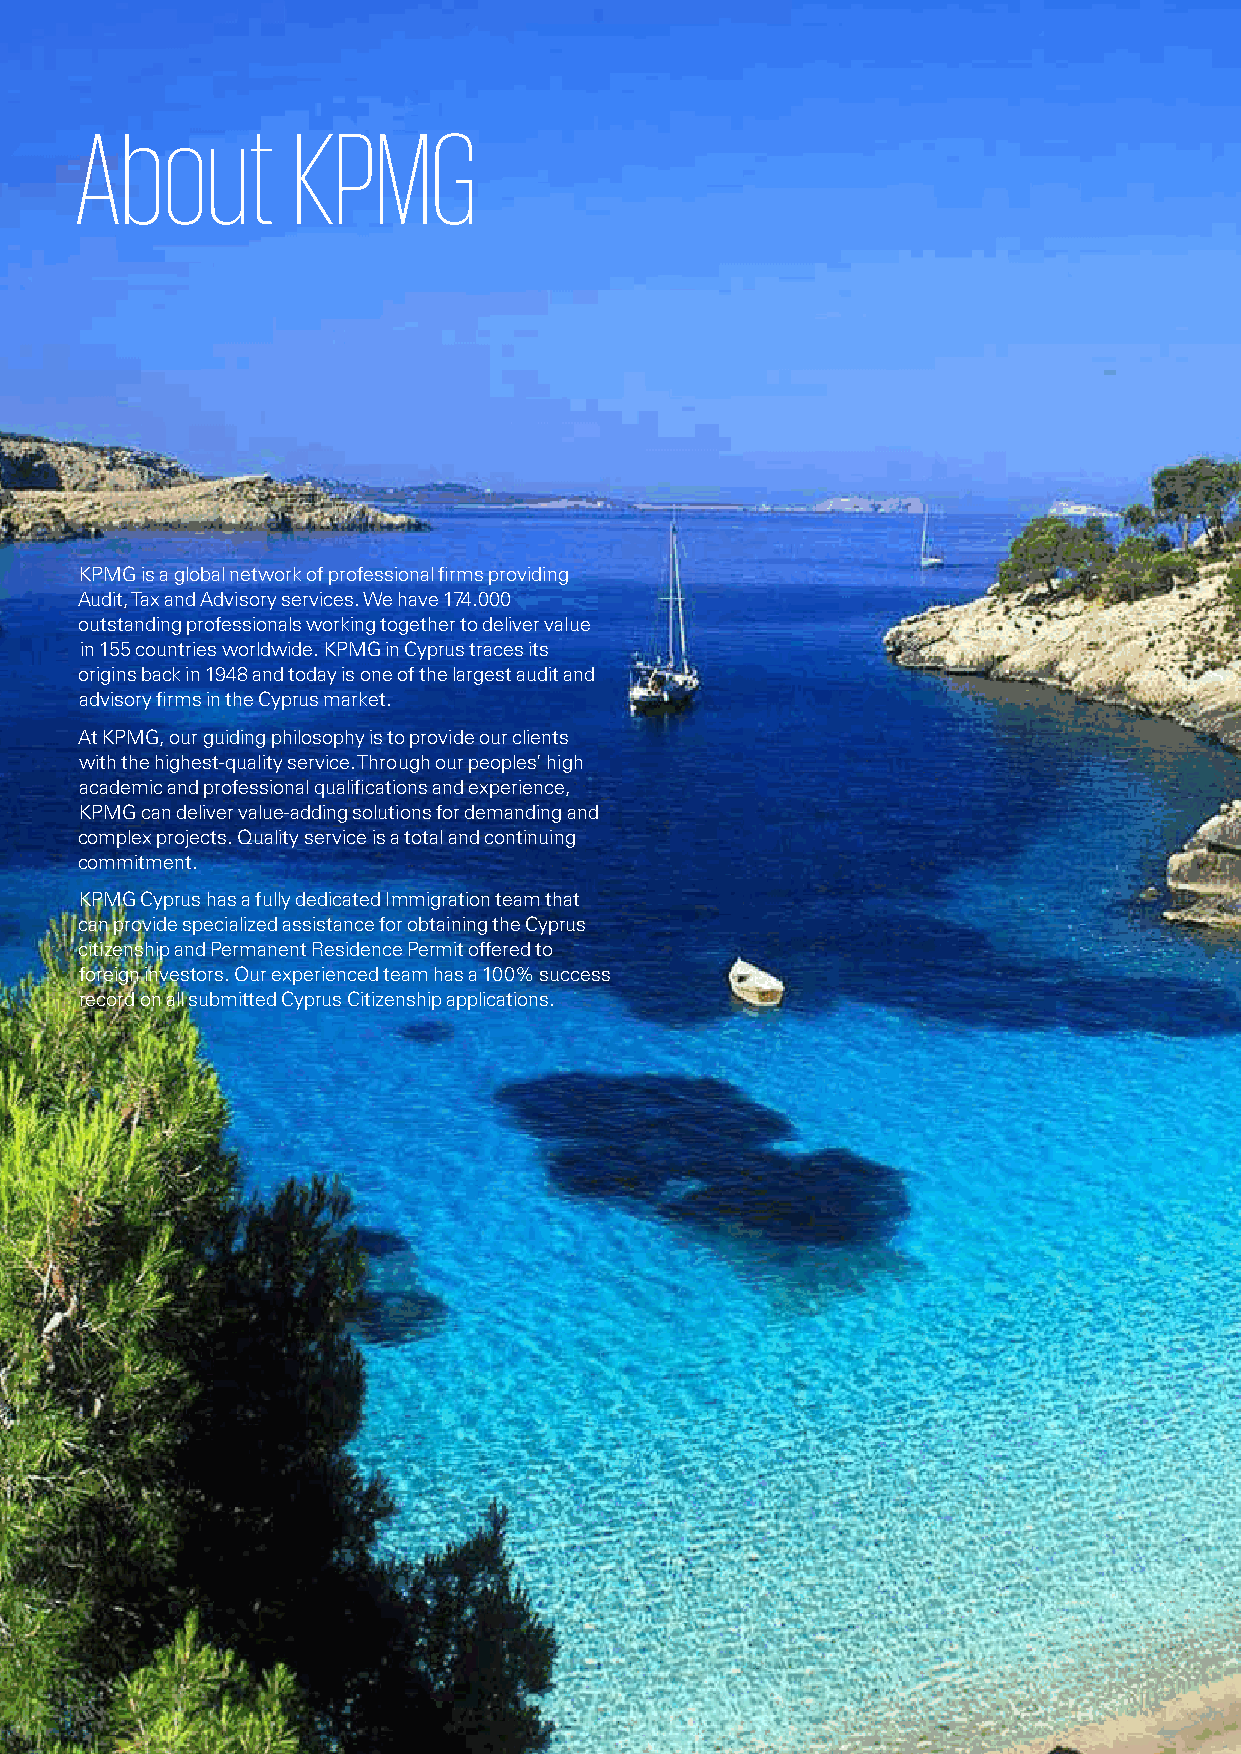
About         KPMG
 KKPPMMGG iiss aa gglloobbaall nneettwwoorrkk ooff pprrooffeessssiioonnaall fifirrmmss pprroovviiddiinngg
 AAuuddiitt,, TTaaxx aanndd AAddvviissoorryy sseerrvviicceess.. WWee hhaavvee 117744..000000
 oouuttssttaannddiinngg pprrooffeessssiioonnaallss wwoorrkkiinngg ttooggeetthheerr ttoo ddeelliivveerr vvaalluuee
 iinn 115555 ccoouunnttrriieess wwoorrllddwwiiddee.. KKPPMMGG iinn CCyypprruuss ttrraacceess iittss
 oorriiggiinnss bbaacckk iinn 11994488 aanndd ttooddaayy iiss oonnee ooff tthhee llaarrggeesstt aauuddiitt aanndd
 aaddvviissoorryy fifirrmmss iinn tthhee CCyypprruuss mmaarrkkeett..
 AAtt KKPPMMGG,, oouurr gguuiiddiinngg pphhiilloossoopphhyy iiss ttoo pprroovviiddee oouurr cclliieennttss
 wwiitthh tthhee hhiigghheesstt--qquuaalliittyy sseerrvviiccee.. TThhrroouugghh oouurr ppeeoopplleess’’ hhiigghh
 aaccaaddeemmiicc aanndd pprrooffeessssiioonnaall qquuaalliifificcaattiioonnss aanndd eexxppeerriieennccee,,
 KKPPMMGG ccaann ddeelliivveerr vvaalluuee--aaddddiinngg ssoolluuttiioonnss ffoorr ddeemmaannddiinngg aanndd
 ccoommpplleexx pprroojjeeccttss.. QQuuaalliittyy sseerrvviiccee iiss aa ttoottaall aanndd ccoonnttiinnuuiinngg
 ccoommmmiittmmeenntt..
 KKPPMMGG CCyypprruuss hhaass aa ffuullllyy ddeeddiiccaatteedd IImmmmiiggrraattiioonn tteeaamm tthhaatt
 ccaann pprroovviiddee ssppeecciiaalliizzeedd aassssiissttaannccee ffoorr oobbttaaiinniinngg tthhee CCyypprruuss
 cciittiizzeennsshhiipp aanndd PPeerrmmaanneenntt RReessiiddeennccee PPeerrmmiitt ooffffeerreedd ttoo
 ffoorreeiiggnn iinnvveessttoorrss.. OOuurr eexxppeerriieenncceedd tteeaamm hhaass aa 110000%% ssuucccceessss
 rreeccoorrdd oonn aallll ssuubbmmiitttteedd CCyypprruuss CCiittiizzeennsshhiipp aapppplliiccaattiioonnss..